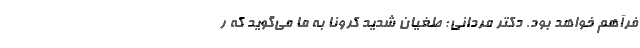
فرآهم خواهد بود. دکتر مردانی: طغیان شدید کرونا به ما می‌گوید که ر